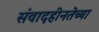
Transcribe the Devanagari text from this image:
संवादहीनतेच्या